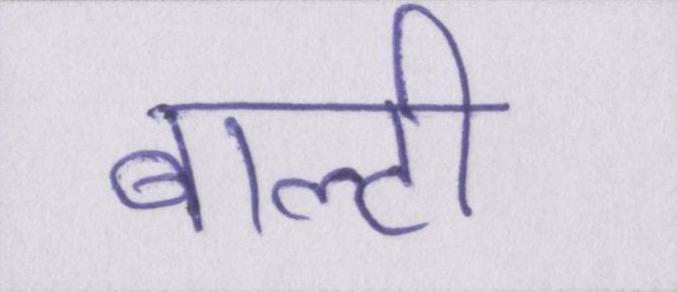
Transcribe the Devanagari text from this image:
बाल्टी